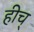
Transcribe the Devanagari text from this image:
हीच्